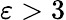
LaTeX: \varepsilon>3